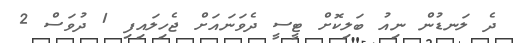
ދެ ލަނޑުން ނިއު ބަލިކޮށް ޓީސީ ދެވަނައަށް ޖެހިލައިފި 1 ދުވަސް 2